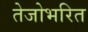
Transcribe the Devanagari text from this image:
तेजोभरित